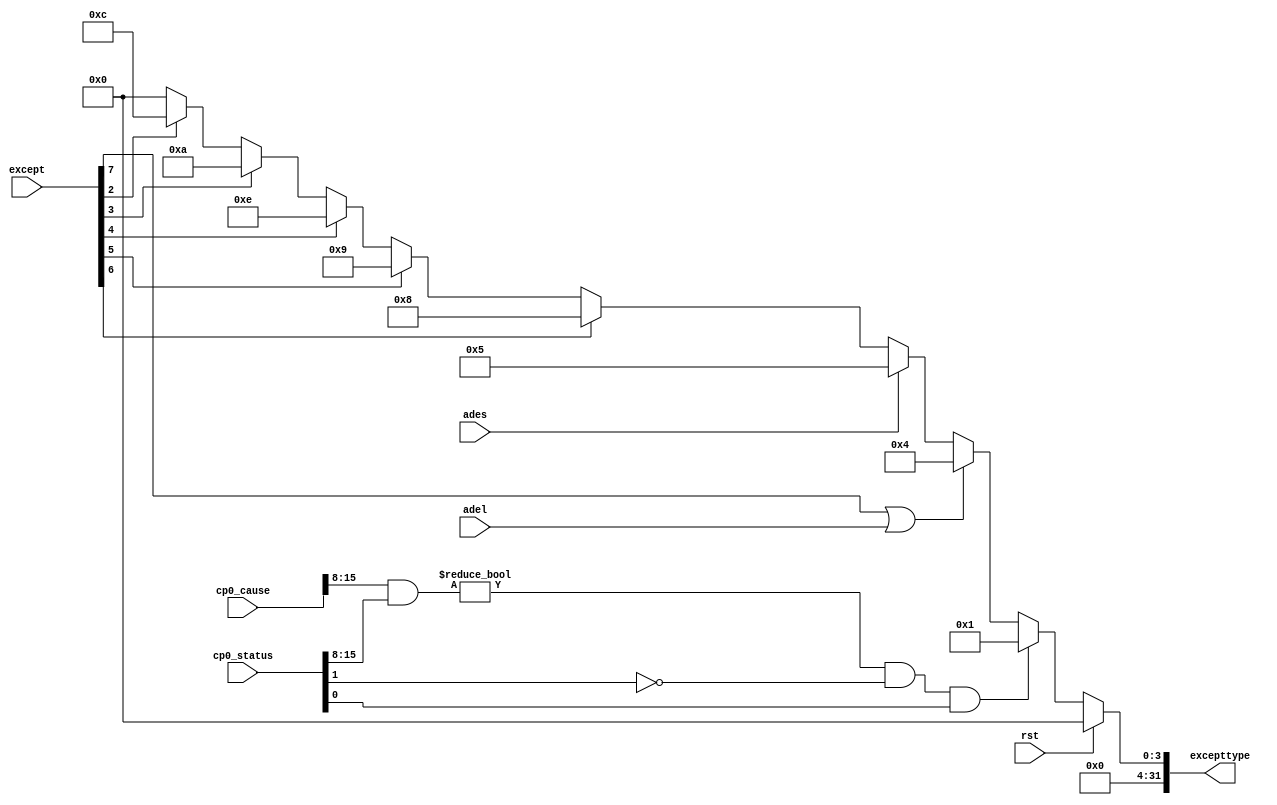
`timescale 1ns / 1ps
//////////////////////////////////////////////////////////////////////////////////
// Company: 
// Engineer: 
// 
// Design Name: 
// Module Name: exception
// Project Name: 
// Target Devices: 
// Tool Versions: 
// Description: 
// 
// Dependencies: 
// 
// Revision:
// Revision 0.01 - File Created
// Additional Comments:
// 
//////////////////////////////////////////////////////////////////////////////////


module exception(
	input wire rst,
	input wire[7:0] except,
	input wire adel,ades,
	input wire[31:0] cp0_status,cp0_cause,
	output reg[31:0] excepttype
    );

	always @(*) begin
		if(rst) begin
			excepttype <= 32'b0;
		end else begin 
			excepttype <= 32'b0;
			//interrupt
			if(((cp0_cause[15:8] & cp0_status[15:8]) != 8'h00) &&
				 	(cp0_status[1] == 1'b0) && (cp0_status[0] == 1'b1)) begin
				excepttype <= 32'h00000001;
		    // read data or fetch inst
			end else if(except[7] == 1'b1 || adel) begin
				excepttype <= 32'h00000004;
			//write data
			end else if(ades) begin
				excepttype <= 32'h00000005;
			//sys
			end else if(except[6] == 1'b1) begin
				excepttype <= 32'h00000008;
			//Bp
			end else if(except[5] == 1'b1) begin
				excepttype <= 32'h00000009;
			
			end else if(except[4] == 1'b1) begin
				excepttype <= 32'h0000000e;
			//RI
			end else if(except[3] == 1'b1) begin
				excepttype <= 32'h0000000a;
			//Ov
			end else if(except[2] == 1'b1) begin
				excepttype <= 32'h0000000c;
			end
		end
	
	end
	
endmodule